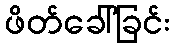
ဖိတ်ခေါ်ခြင်း